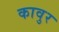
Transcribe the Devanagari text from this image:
कावुर